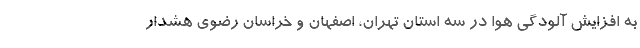
به افزایش آلودگی هوا در سه استان تهران، اصفهان و خراسان رضوی هشدار